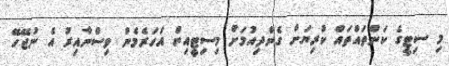
މި ސިޓީގެ ކަންތައްތައް ކުރިޔަށް ގެންދިއުމަށް މިސިޓީއިން އަހަރެމެން ވިސްނާއިރު އެ ނުޖޭހޭ